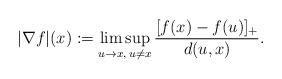
LaTeX: \begin{align*}|\nabla{f}|(x):=\limsup_{u\to{x},\,u\ne x}\frac{[f(x)-f(u)]_+}{d(u,{x})}.\end{align*}